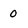
Character: 0